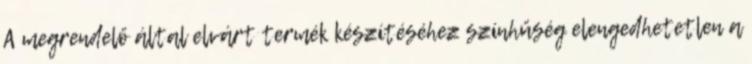
A megrendelő által elvárt termék készítéséhez színhűség elengedhetetlen a